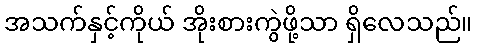
အသက်နှင့်ကိုယ် အိုးစားကွဲဖို့သာ ရှိလေသည်။